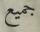
جميع